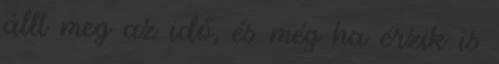
állt meg az idő, és még ha érzik is